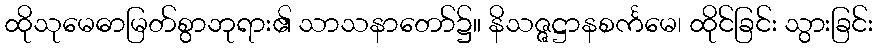
ထိုသုမေဓာမြတ်စွာဘုရား၏ သာသနာတော်၌။ နိသဇ္ဇဋ္ဌာနစင်္ကမေ၊ ထိုင်ခြင်း သွားခြင်း